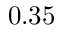
0 . 3 5